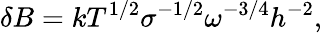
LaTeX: \delta B=kT^{1/2}\sigma^{-1/2}\omega^{-3/4}h^{-2},